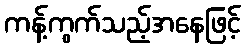
ကန့်ကွက်သည့်အနေဖြင့်